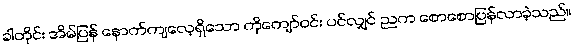
ခါတိုင်း အိမ်ပြန် နောက်ကျလေ့ရှိသော ကိုကျော်ဝင်း ပင်လျှင် ညက စောစောပြန်လာခဲ့သည်။